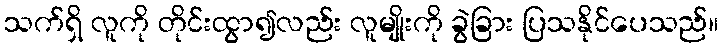
သက်ရှိ လူကို တိုင်းထွာ၍လည်း လူမျိုးကို ခွဲခြား ပြသနိုင်ပေသည်။